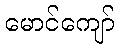
မောင်ကျော်